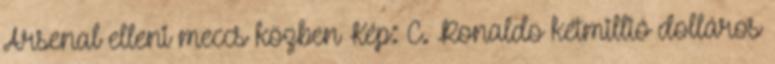
Arsenal elleni meccs közben Kép: C. Ronaldo kétmillió dolláros